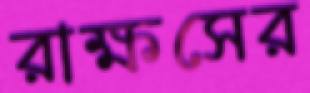
রাক্ষসের